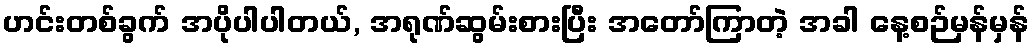
ဟင်းတစ်ခွက် အပိုပါပါတယ်, အရုဏ်ဆွမ်းစားပြီး အတော်ကြာတဲ့ အခါ နေ့စဉ်မှန်မှန်